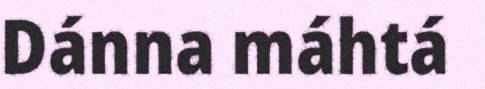
Dánna máhtá